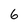
Character: 6